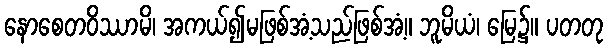
နောစေတဝိဿာမိ၊ အကယ်၍မဖြစ်အံ့သည်ဖြစ်အံ့။ ဘူမိယံ၊ မြေ၌။ ပတတု